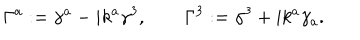
LaTeX: \Gamma ^ { a } : = \gamma ^ { a } - i k ^ { a } \gamma ^ { 3 } , \qquad \Gamma ^ { 3 } : = \gamma ^ { 3 } + i k ^ { a } \gamma _ { a } .